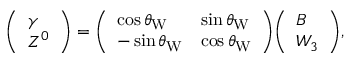
{ \left( \begin{array} { l } { \gamma } \\ { Z ^ { 0 } } \end{array} \right) } = { \left( \begin{array} { l l } { \cos \theta _ { \mathrm { W } } } & { \sin \theta _ { \mathrm { W } } } \\ { - \sin \theta _ { \mathrm { W } } } & { \cos \theta _ { \mathrm { W } } } \end{array} \right) } { \left( \begin{array} { l } { B } \\ { W _ { 3 } } \end{array} \right) } ,